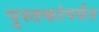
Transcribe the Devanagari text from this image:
पुस्तकांपर्यंत